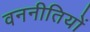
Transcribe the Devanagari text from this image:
वननीतियों